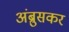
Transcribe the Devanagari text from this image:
अंब्रुसकर